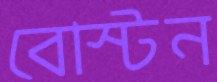
বোস্টন